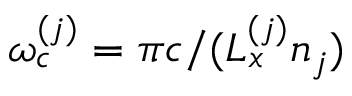
\omega _ { c } ^ { ( j ) } = \pi c / ( L _ { x } ^ { ( j ) } n _ { j } )